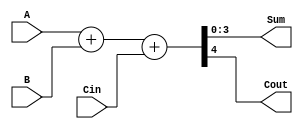
/***************************************************
* Class: EE 271
* Module: FullAdd4
* Description: 4 bit full adder
****************************************************/

module FullAdd4( A,B,Cin,Sum,Cout);

    // Parameter Declaration(s)
    parameter BW = 4;
    // https://stackoverflow.com/questions/65757803/
    parameter PADDING = { BW-1{1'b0} }; // Define padding as a parameter
    parameter ZERO = { BW{1'b0} };      // all zeroes
    parameter UNO = { PADDING, 1'b1 };  // all zeroes except LSB

    // Input Port(s)
    input [BW-1:0] A, B;
    input Cin;

    // Output Port(s)
    output [BW-1:0] Sum;
    output Cout;

    // Registers
    reg [BW:0] result_ref = { PADDING, 1'b0 };

    assign {Cout, Sum} = result_ref;

    always @(A,B,Cin) begin
        result_ref <= A + B + { PADDING, Cin };
    end

endmodule // FullAdd4